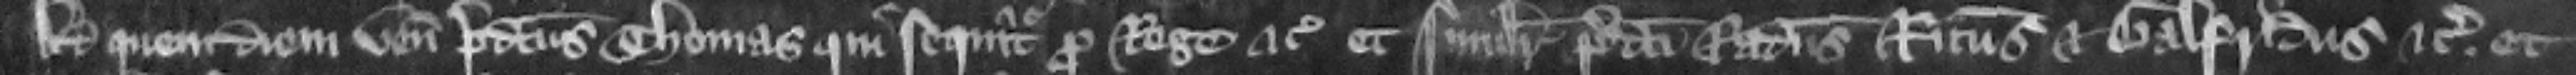
Ad quem diem venit predictus Thomas qui sequitur pro rege etc. et similiter predicti Radulfus Ricardus et Galfridus etc. et